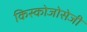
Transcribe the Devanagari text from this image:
किस्कोजोसेजी